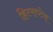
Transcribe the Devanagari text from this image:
हिटराप्टेरा